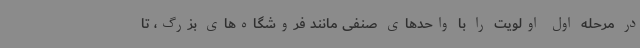
در مرحله اول اولویت را با واحدهای صنفی مانند فروشگاه‌های بزرگ، تا